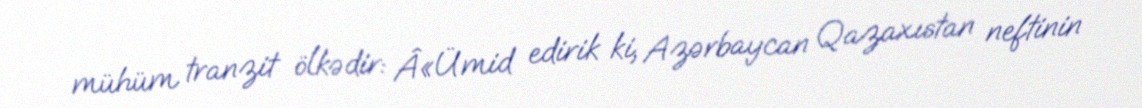
mühüm tranzit ölkədir: Â«Ümid edirik ki, Azərbaycan Qazaxıstan neftinin